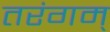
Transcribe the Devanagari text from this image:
तरंगम्